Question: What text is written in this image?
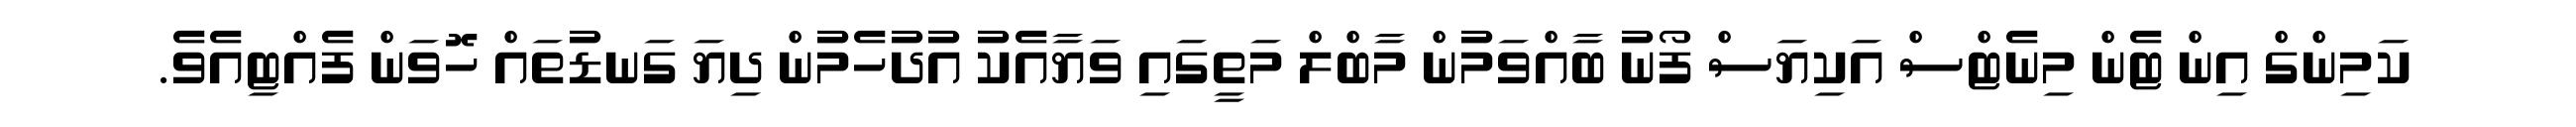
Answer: ކަމިންގް އިން ޓެން މިނެޓްސް އަކިޔަސް ފޯނު ބާއްވަމުން މާބްލް މަތީގައި ވަޔާއެކު އުދުހެމުން ދިޔަ ގަނޑުތައް ހޮވަން ފެއްޓިއެވެ.